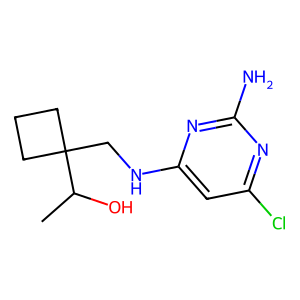
SMILES: CC(O)C1(CNc2cc(Cl)nc(N)n2)CCC1
Inhibits HIV replication: No